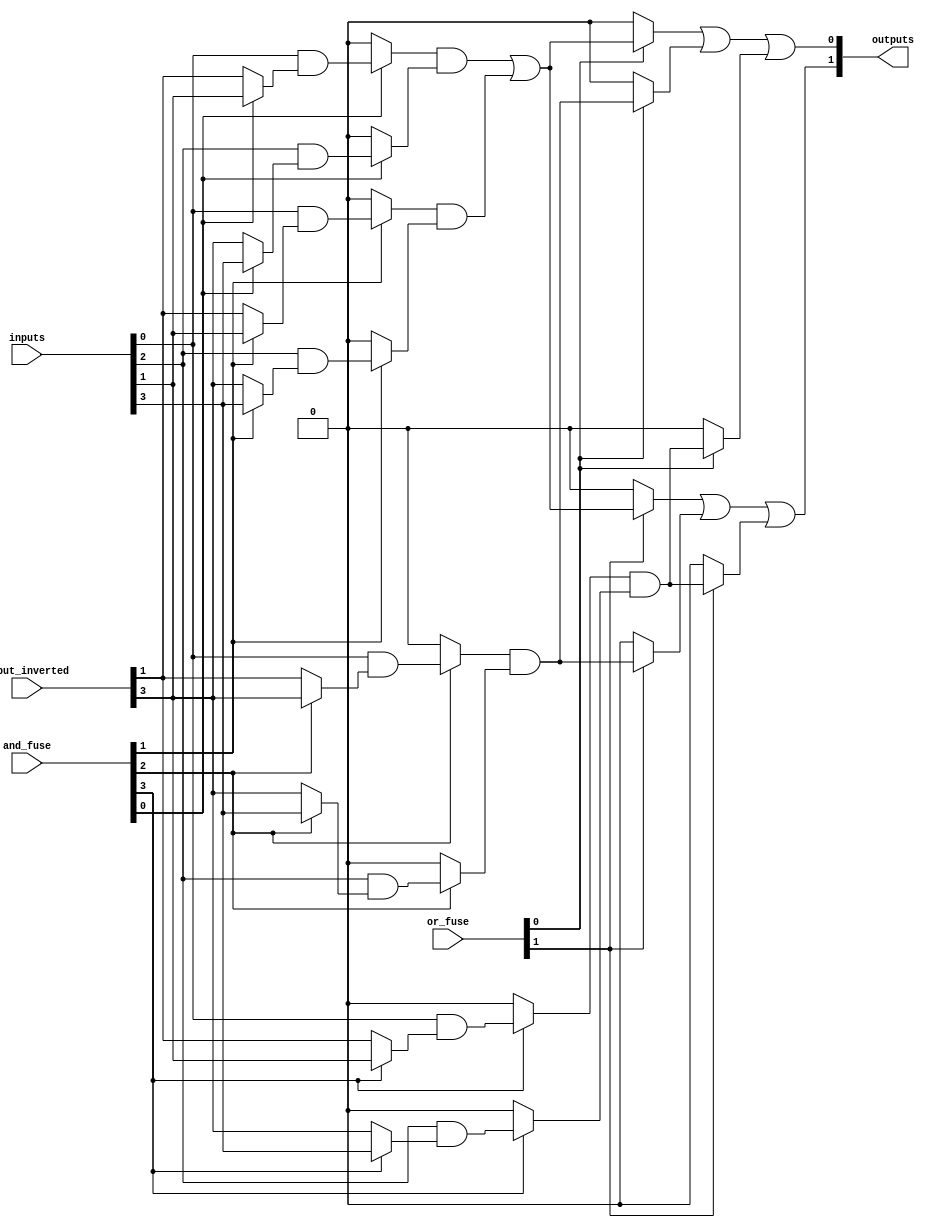
module PLA #(
    parameter N = 4, // Number of inputs
    parameter M = 2, // Number of outputs
    parameter AND_GATE_COUNT = 4, // Number of AND gates
    parameter OR_GATE_COUNT = 2    // Number of OR gates
)(
    input wire [N-1:0] inputs,            // Input signals
    input wire [N-1:0] input_inverted,    // Inverted input signals
    input wire [AND_GATE_COUNT-1:0] and_fuse, // Fuse connections for AND gates
    input wire [OR_GATE_COUNT-1:0] or_fuse,   // Fuse connections for OR gates
    output wire [M-1:0] outputs           // Output signals
);

// AND array
wire [AND_GATE_COUNT-1:0] and_outputs;

// Generate AND gates based on fuses
genvar i, j;
generate
    for (i = 0; i < AND_GATE_COUNT; i = i + 1) begin: and_gate
        assign and_outputs[i] = (and_fuse[i] ? 
            (inputs[0] & (and_fuse[i] ? inputs[1] : input_inverted[1])) : 1'b0) &
            (and_fuse[i] ? (inputs[2] & (and_fuse[i] ? inputs[3] : input_inverted[3])) : 1'b0);
    end
endgenerate

// OR array
wire [OR_GATE_COUNT-1:0] or_outputs;

// Generate OR gates based on fuses
generate
    for (j = 0; j < OR_GATE_COUNT; j = j + 1) begin: or_gate
        assign or_outputs[j] = (or_fuse[j] ? 
            (and_outputs[0] | and_outputs[1]) : 1'b0) |
            (or_fuse[j] ? and_outputs[2] : 1'b0) |
            (or_fuse[j] ? and_outputs[3] : 1'b0);
    end
endgenerate

// Final output assignment
assign outputs = or_outputs;

endmodule